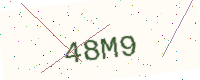
Text: 48M9